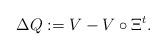
LaTeX: \begin{align*}\Delta Q:=V-V\circ\Xi^t.\end{align*}